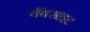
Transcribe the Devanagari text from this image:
वॅबसाइट